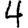
Digit: 4